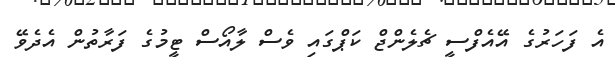
އެ ފަހަރުގެ އޭއެފްސީ ޗެލެންޖް ކަޕްގައި ވެސް ލާއޯސް ޓީމުގެ ފަރާތުން އެދެވޭ